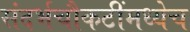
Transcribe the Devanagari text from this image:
संदर्भचौकटींमध्येच